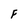
Character: F